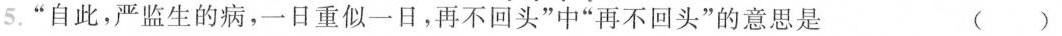
5.”自此，严监生的病，一日重似一日，再不回头”中”再不回头”的意思是 ()